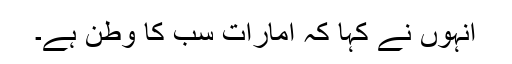
انہوں نے کہا کہ امارات سب کا وطن ہے۔